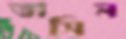
তাসিন